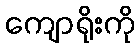
ကျောရိုးကို